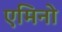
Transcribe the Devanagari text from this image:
एमिनो